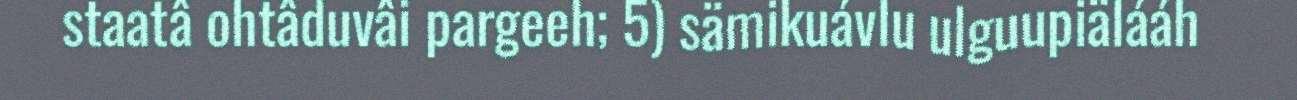
staatâ ohtâduvâi pargeeh; 5) sämikuávlu ulguupiälááh